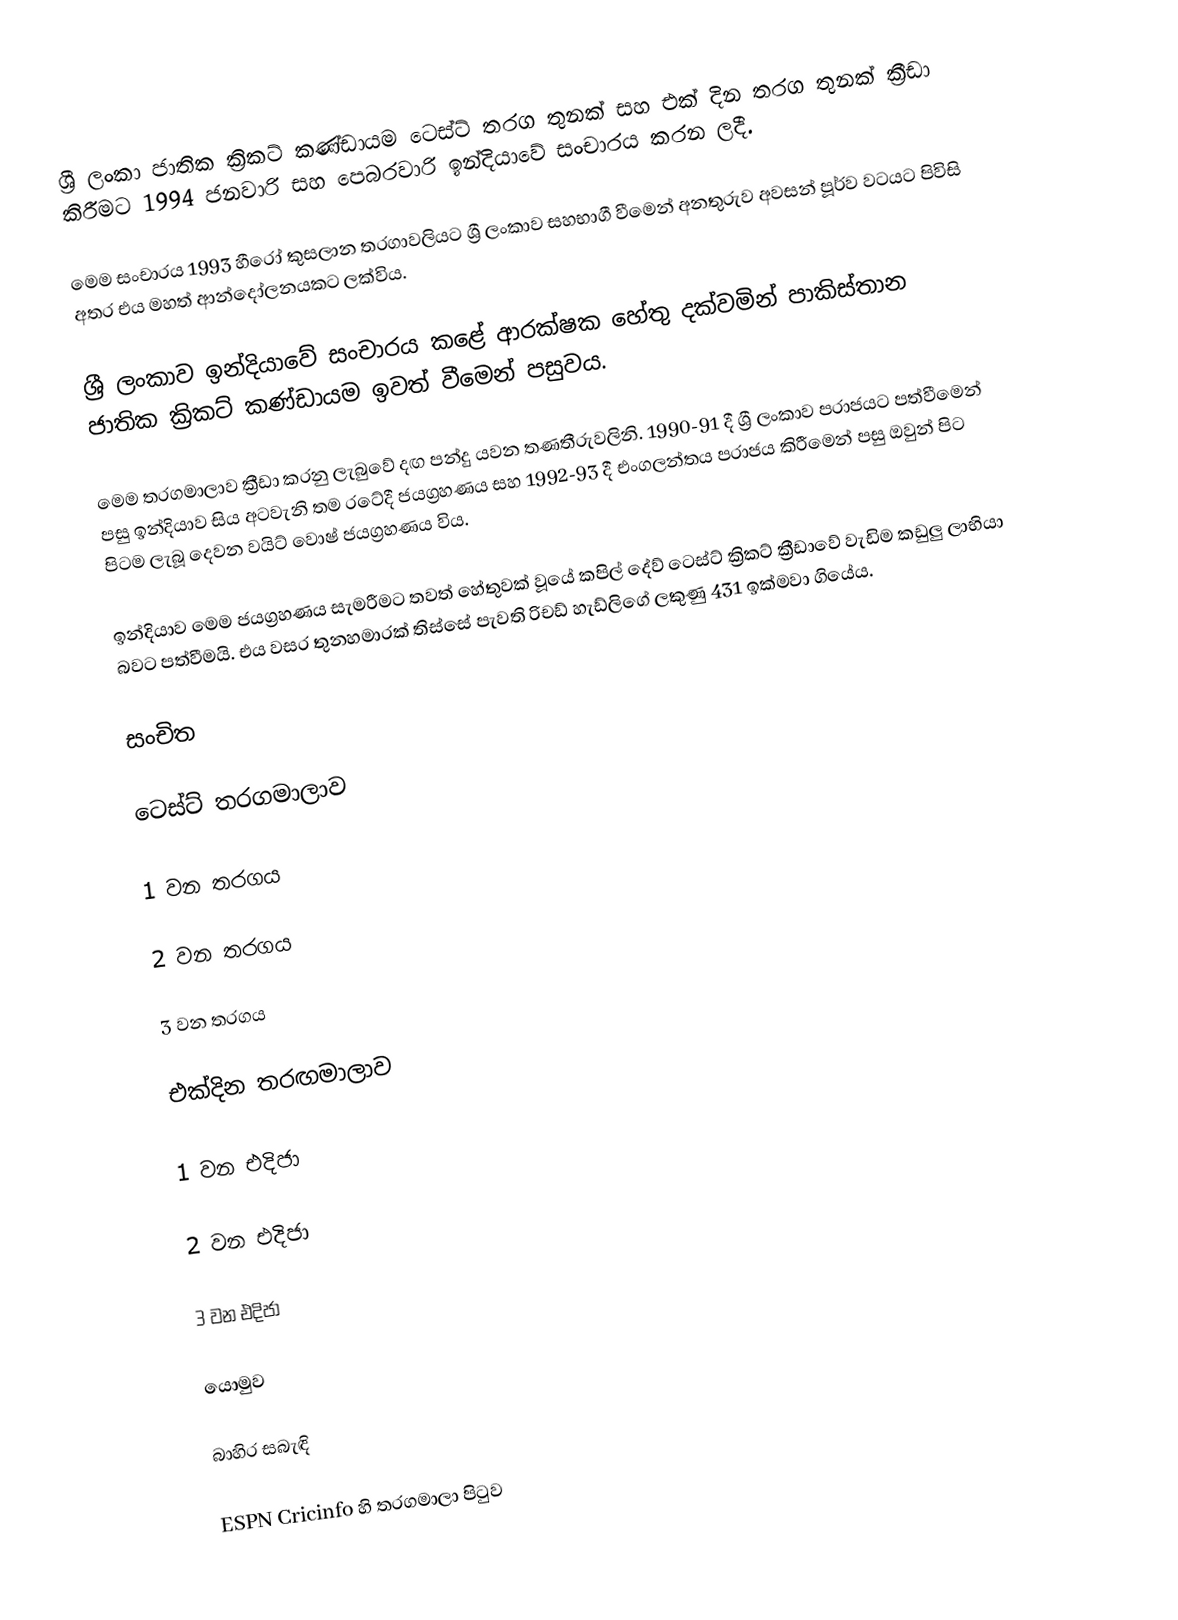
ශ්‍රී ලංකා ජාතික ක්‍රිකට් කණ්ඩායම ටෙස්ට් තරග තුනක් සහ එක් දින තරග තුනක් ක්‍රීඩා කිරීමට 1994 ජනවාරි සහ පෙබරවාරි ඉන්දියාවේ සංචාරය කරන ලදී.

මෙම සංචාරය 1993 හීරෝ කුසලාන තරගාවලියට ශ්‍රී ලංකාව සහභාගී වීමෙන් අනතුරුව අවසන් පූර්ව වටයට පිවිසි අතර එය මහත් ආන්දෝලනයකට ලක්විය.

ශ්‍රී ලංකාව ඉන්දියාවේ සංචාරය කළේ ආරක්ෂක හේතු දක්වමින් පාකිස්තාන ජාතික ක්‍රිකට් කණ්ඩායම ඉවත් වීමෙන් පසුවය.

මෙම තරගමාලාව ක්‍රීඩා කරනු ලැබුවේ දඟ පන්දු යවන තණතීරුවලිනි. 1990-91 දී ශ්‍රී ලංකාව පරාජයට පත්වීමෙන් පසු ඉන්දියාව සිය අටවැනි තම රටේදී  ජයග්‍රහණය සහ 1992-93 දී එංගලන්තය පරාජය කිරීමෙන් පසු ඔවුන් පිට පිටම ලැබූ දෙවන වයිට් වොෂ් ජයග්‍රහණය විය.

ඉන්දියාව මෙම ජයග්‍රහණය සැමරීමට තවත් හේතුවක් වූයේ කපිල් දේව් ටෙස්ට් ක්‍රිකට් ක්‍රීඩාවේ වැඩිම කඩුලු ලාභියා බවට පත්වීමයි. එය වසර තුනහමාරක් තිස්සේ පැවති රිචඩ් හැඩ්ලිගේ ලකුණු 431 ඉක්මවා ගියේය.

සංචිත

ටෙස්ට් තරගමාලාව

1 වන තරගය

2 වන තරගය

3 වන තරගය

එක්දින තරඟමාලාව

1 වන එදිජා

2 වන එදිජා

3 වන එදිජා

යොමුව

බාහිර සබැඳි

 ESPN Cricinfo හි තරගමාලා පිටුව